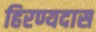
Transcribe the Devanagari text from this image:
हिरण्यदास